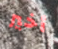
أخير